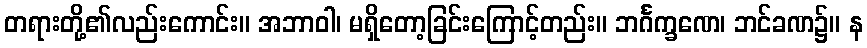
တရားတို့၏လည်းကောင်း။ အဘာဝါ၊ မရှိတော့ခြင်းကြောင့်တည်း။ ဘင်္ဂက္ခဏေ၊ ဘင်ခဏ၌။ န